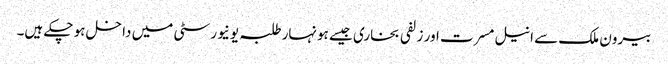
بیرون ملک سے انیل مسرت اور زلفی بخاری جیسے ہونہار طلبہ یونیورسٹی میں داخل ہو چکے ہیں۔